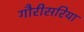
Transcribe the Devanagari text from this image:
गौरीसरिया